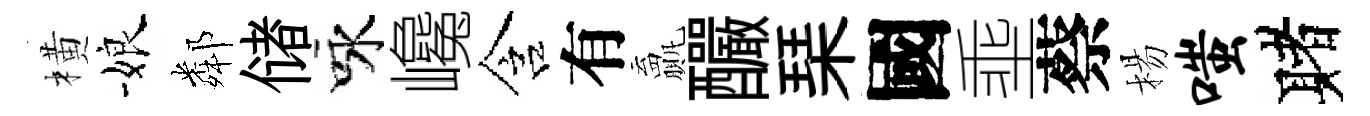
橫娘鄰储咏巉含有贏釅琹國埀蔡楊嗤赌